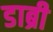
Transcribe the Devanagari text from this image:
डाब्री